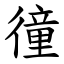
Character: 徸